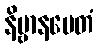
နိဗ္ဗာနမေတံ